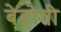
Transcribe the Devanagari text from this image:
बेहोषी